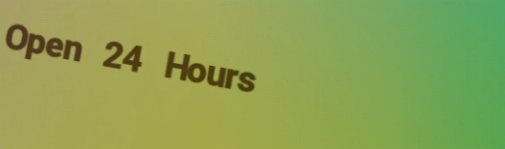
Open 24 Hours